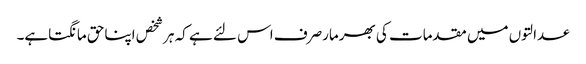
عدالتوں میں مقدمات کی بھرمارصرف اس لئے ہے کہ ہرشخص اپناحق مانگتاہے۔